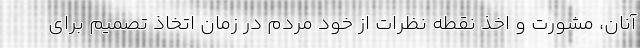
آنان، مشورت و اخذ نقطه نظرات از خود مردم در زمان اتخاذ تصمیم برای